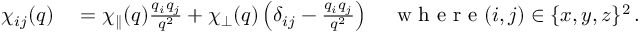
\begin{array} { r l } { \chi _ { i j } ( q ) } & { { } = \chi _ { \parallel } ( q ) \frac { q _ { i } q _ { j } } { q ^ { 2 } } + \chi _ { \perp } ( q ) \left( \delta _ { i j } - \frac { q _ { i } q _ { j } } { q ^ { 2 } } \right) \quad \textrm { w h e r e } ( i , j ) \in \{ x , y , z \} ^ { 2 } \, . } \end{array}